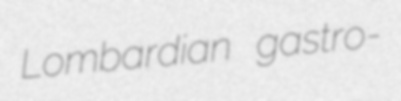
Lombardian gastro-